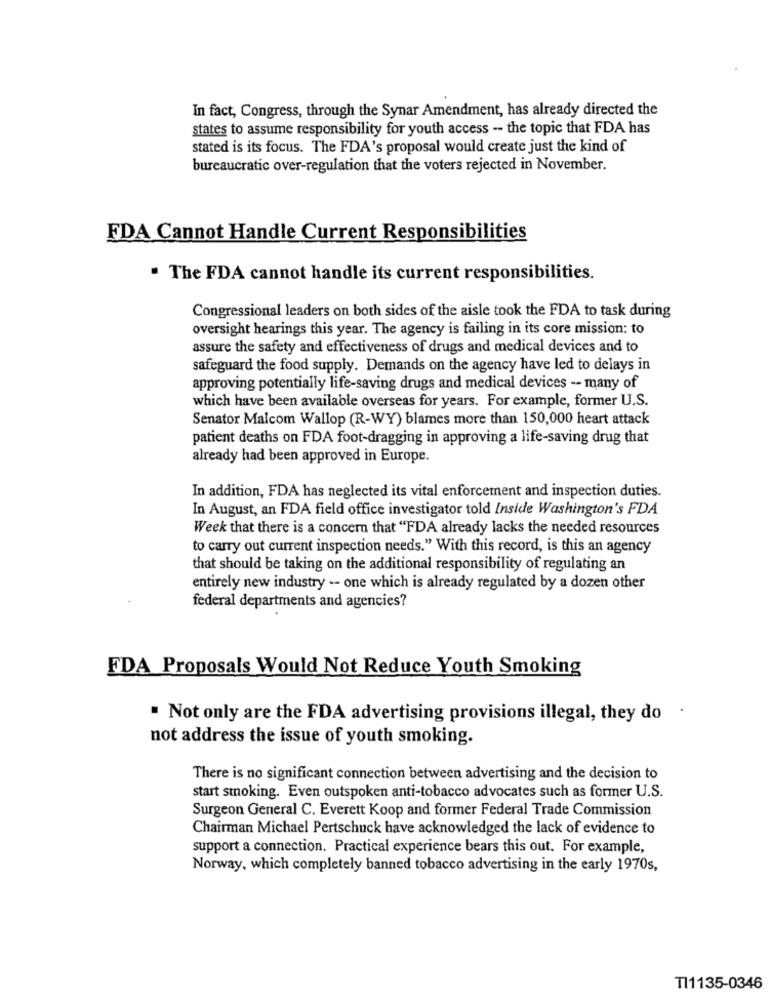
In fact, Congress, through the Synar Amendment, has already directed the
states to assume responsibility for youth access -- the topic that FDA has
stated is its focus. The FDA's proposal would create just the kind of
bureaucratic over-regulation that the voters rejected in November.
FDA Cannot Handle Current Responsibilities
. The FDA cannot handle its current responsibilities.
Congressional leaders on both sides of the aisle took the FDA to task during
oversight hearings this year. The agency is failing in its core mission: to
assure the safety and effectiveness of drugs and medical devices and to
safeguard the food supply. Demands on the agency have led to delays in
approving potentially life-saving drugs and medical devices -- many of
which have been available overseas for years. For example, former U.S.
Senator Malcom Wallop (R-WY) blames more than 150,000 heart attack
patient deaths on FDA foot-dragging in approving a life-saving drug that
already had been approved in Europe.
In addition, FDA has neglected its vital enforcement and inspection duties.
In August, an FDA field office investigator told Inside Washington's FDA
Week that there is a concern that "FDA already lacks the needed resources
to carry out current inspection needs." With this record, is this an agency
that should be taking on the additional responsibility of regulating an
entirely new industry -- one which is already regulated by a dozen other
federal departments and agencies?
FDA Proposals Would Not Reduce Youth Smoking
. Not only are the FDA advertising provisions illegal, they do .
not address the issue of youth smoking.
There is no significant connection between advertising and the decision to
start smoking. Even outspoken anti-tobacco advocates such as former U.S.
Surgeon General C. Everett Koop and former Federal Trade Commission
Chairman Michael Pertschuck have acknowledged the lack of evidence to
support a connection. Practical experience bears this out. For example,
Norway, which completely banned tobacco advertising in the early 1970s,
TI1135-0346